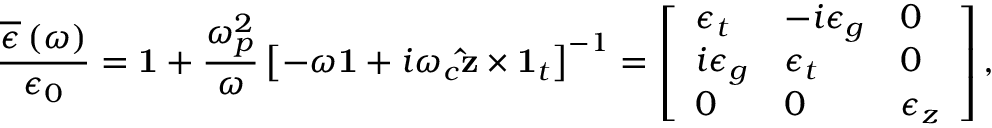
\frac { \overline { { \epsilon } } \left( \omega \right) } { \epsilon _ { 0 } } = \mathbf { 1 } + \frac { \omega _ { p } ^ { 2 } } { \omega } \left[ - \omega \mathbf { 1 } + i \omega _ { c } \mathbf { \hat { z } } \times \mathbf { 1 } _ { t } \right] ^ { - 1 } = \left[ \begin{array} { l l l } { \epsilon _ { t } } & { - i \epsilon _ { g } } & { 0 } \\ { i \epsilon _ { g } } & { \epsilon _ { t } } & { 0 } \\ { 0 } & { 0 } & { \epsilon _ { z } } \end{array} \right] ,